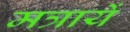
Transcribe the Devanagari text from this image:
मत्रायें